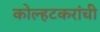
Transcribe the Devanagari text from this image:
कोल्हटकरांची